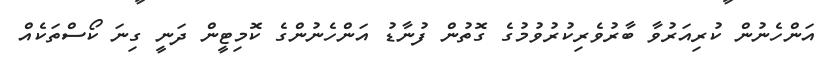
އަންހެނުން ކުރިއަރުވާ ބާރުވެރިކުރުވުމުގެ ގޮތުން ފުނާޑު އަންހެނުންގެ ކޮމިޓީން ދަނީ ގިނަ ކޯސްތަކެއް